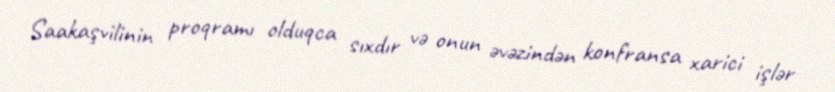
Saakaşvilinin proqramı olduqca sıxdır və onun əvəzindən konfransa xarici işlər